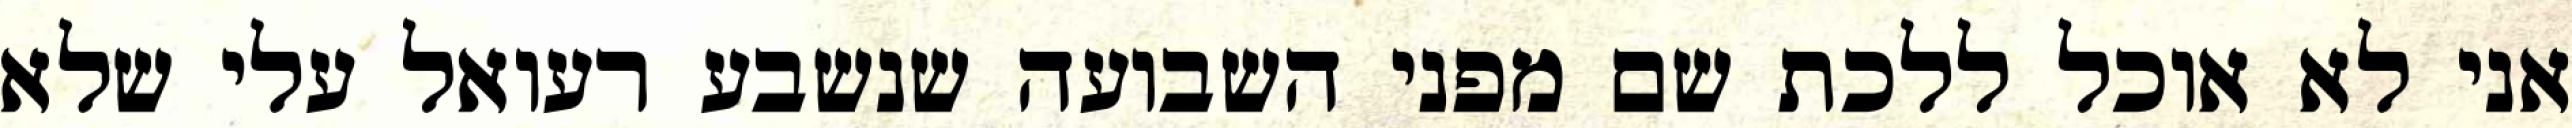
אני לא אוכל ללכת שם מפני השבועה שנשבע רעואל עלי שלא